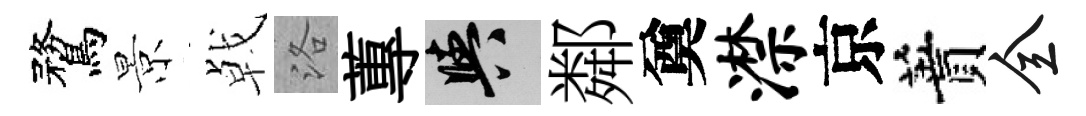
鶩景㦸洛蓴阳鄰奠潸京蕡全